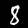
Label: 8